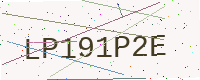
Text: LP191P2E